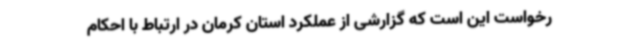
رخواست این است که گزارشی از عملکرد استان کرمان در ارتباط با احکام